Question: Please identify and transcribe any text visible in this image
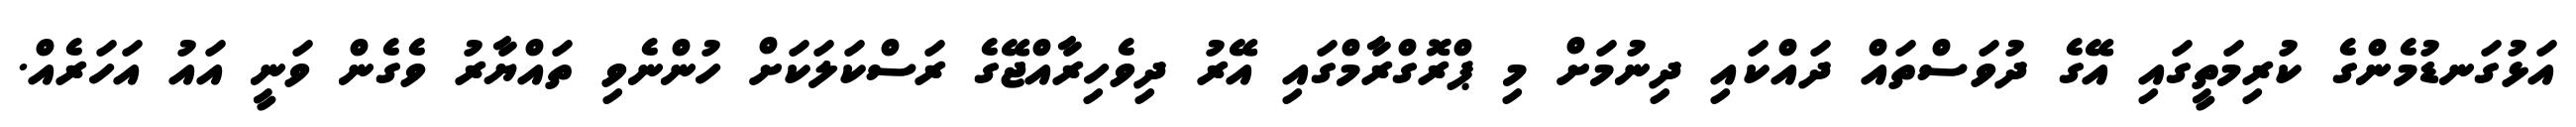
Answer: އަޅުގަނޑުމެންގެ ކުރިމަތީގައި އޭގެ ދުވަސްތައް ދައްކައި ދިނުމަށް މި ޕްރޮގްރާމްގައި އޭރު ދިވެހިރާއްޖޭގެ ރަސްކަލަކަށް ހުންނެވި ތައްޔާރު ވެގެން ވަނީ އައު އަހަރެއް.